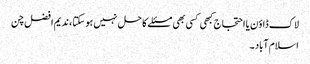
لاک ڈاؤن یا احتجاج کبھی کسی بھی مسئلے کا حل نہیں ہو سکتا ، ندیم افضل چن
اسلام آباد ۔